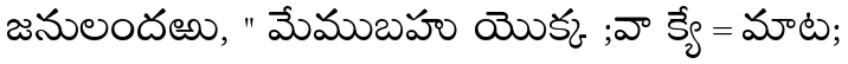
జనులందఱు, " మేముబహు యొక్క ;వా క్యే=మాట;